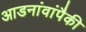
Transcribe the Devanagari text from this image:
आडनांवांपैकी